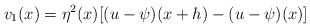
\begin{align*}v_{1}(x)= \eta^{2}(x) [(u-\psi)(x+h)-(u-\psi)(x)] \end{align*}